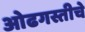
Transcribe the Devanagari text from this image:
ओढगस्तीचे